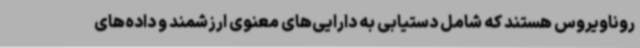
روناویروس هستند که شامل دستیابی به دارایی‌های معنوی ارزشمند و داده‌های